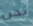
نحن